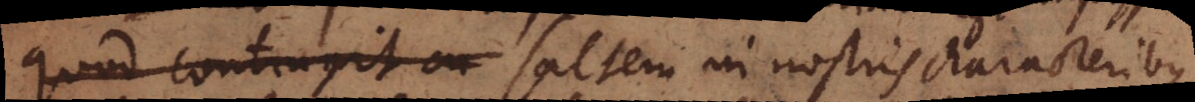
quod contragit saltem in nostris characteribus